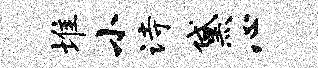
堆小诗黛心